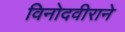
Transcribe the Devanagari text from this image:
विनोदवीराने